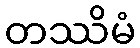
တဿိမံ